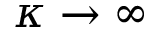
\kappa \rightarrow \infty